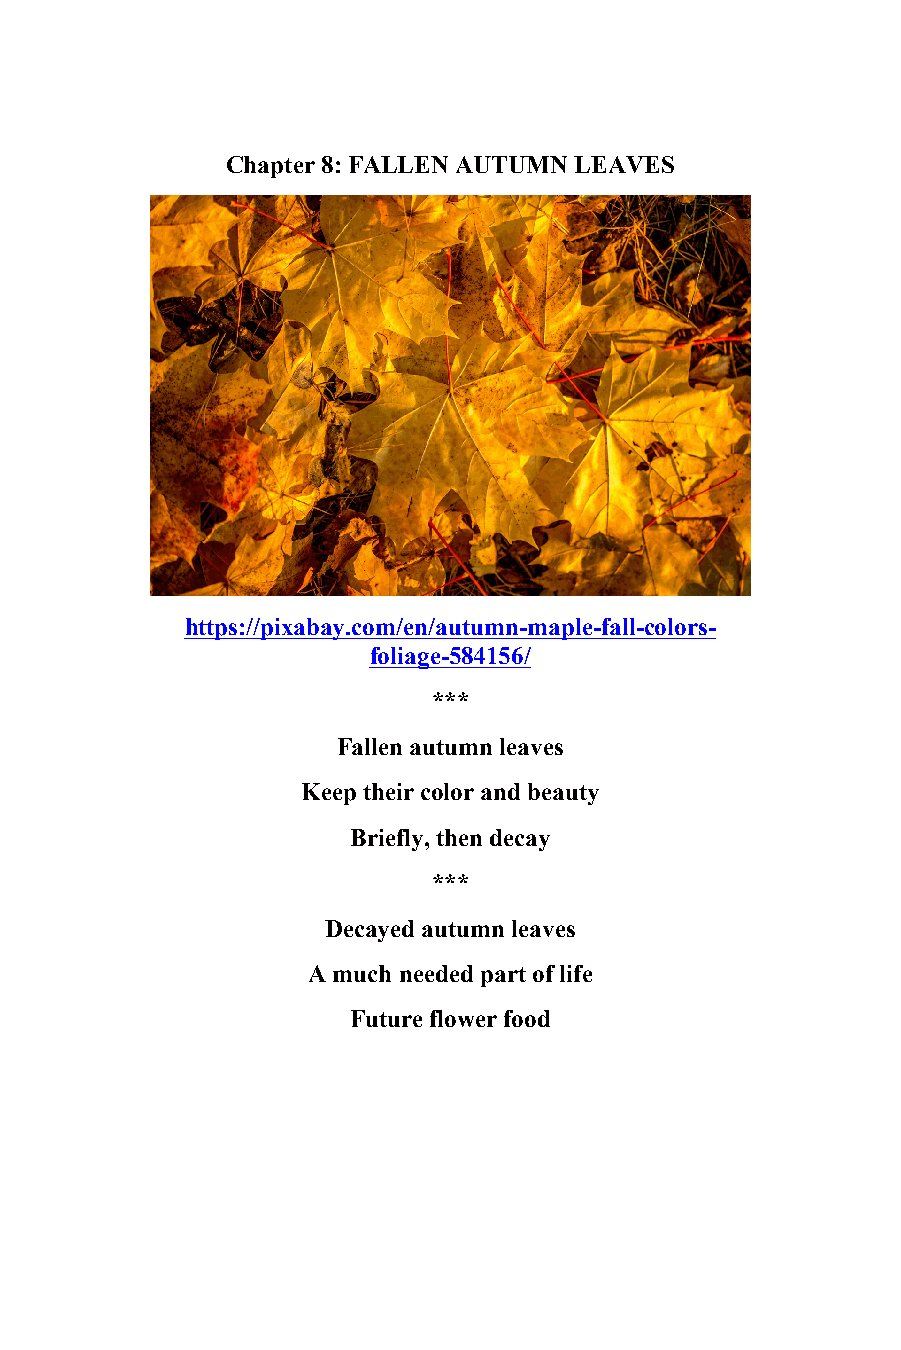
8
 Chapter 8: FALLEN AUTUMN LEAVES
 https://pixabay.com/en/autumn-maple-fall-colors-
 foliage-584156/
 ***
 Fallen autumn leaves
 Keep their color and beauty
 Briefly, then decay
 ***
 Decayed autumn leaves
 A much needed part of life
 Future flower food